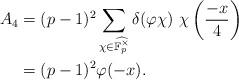
LaTeX: \begin{align*}A_4&=(p-1)^2\sum_{\chi\in\widehat{\mathbb{F}_p^\times}}\delta(\varphi\chi)~\chi\left(\frac{-x}{4}\right)\\&=(p-1)^2\varphi(-x).\end{align*}